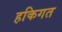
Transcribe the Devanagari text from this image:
हकिगत